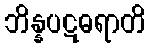
ဘိန္နပဋဓရာတိ